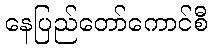
နေပြည်တော်ကောင်စီ